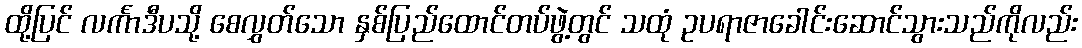
ထို့ပြင် လင်္ကာဒီပသို့ စေလွှတ်သော နှစ်ပြည်ထောင်တပ်ဖွဲ့တွင် သထုံ ဥပရာဇာခေါင်းဆောင်သွားသည်ကိုလည်း